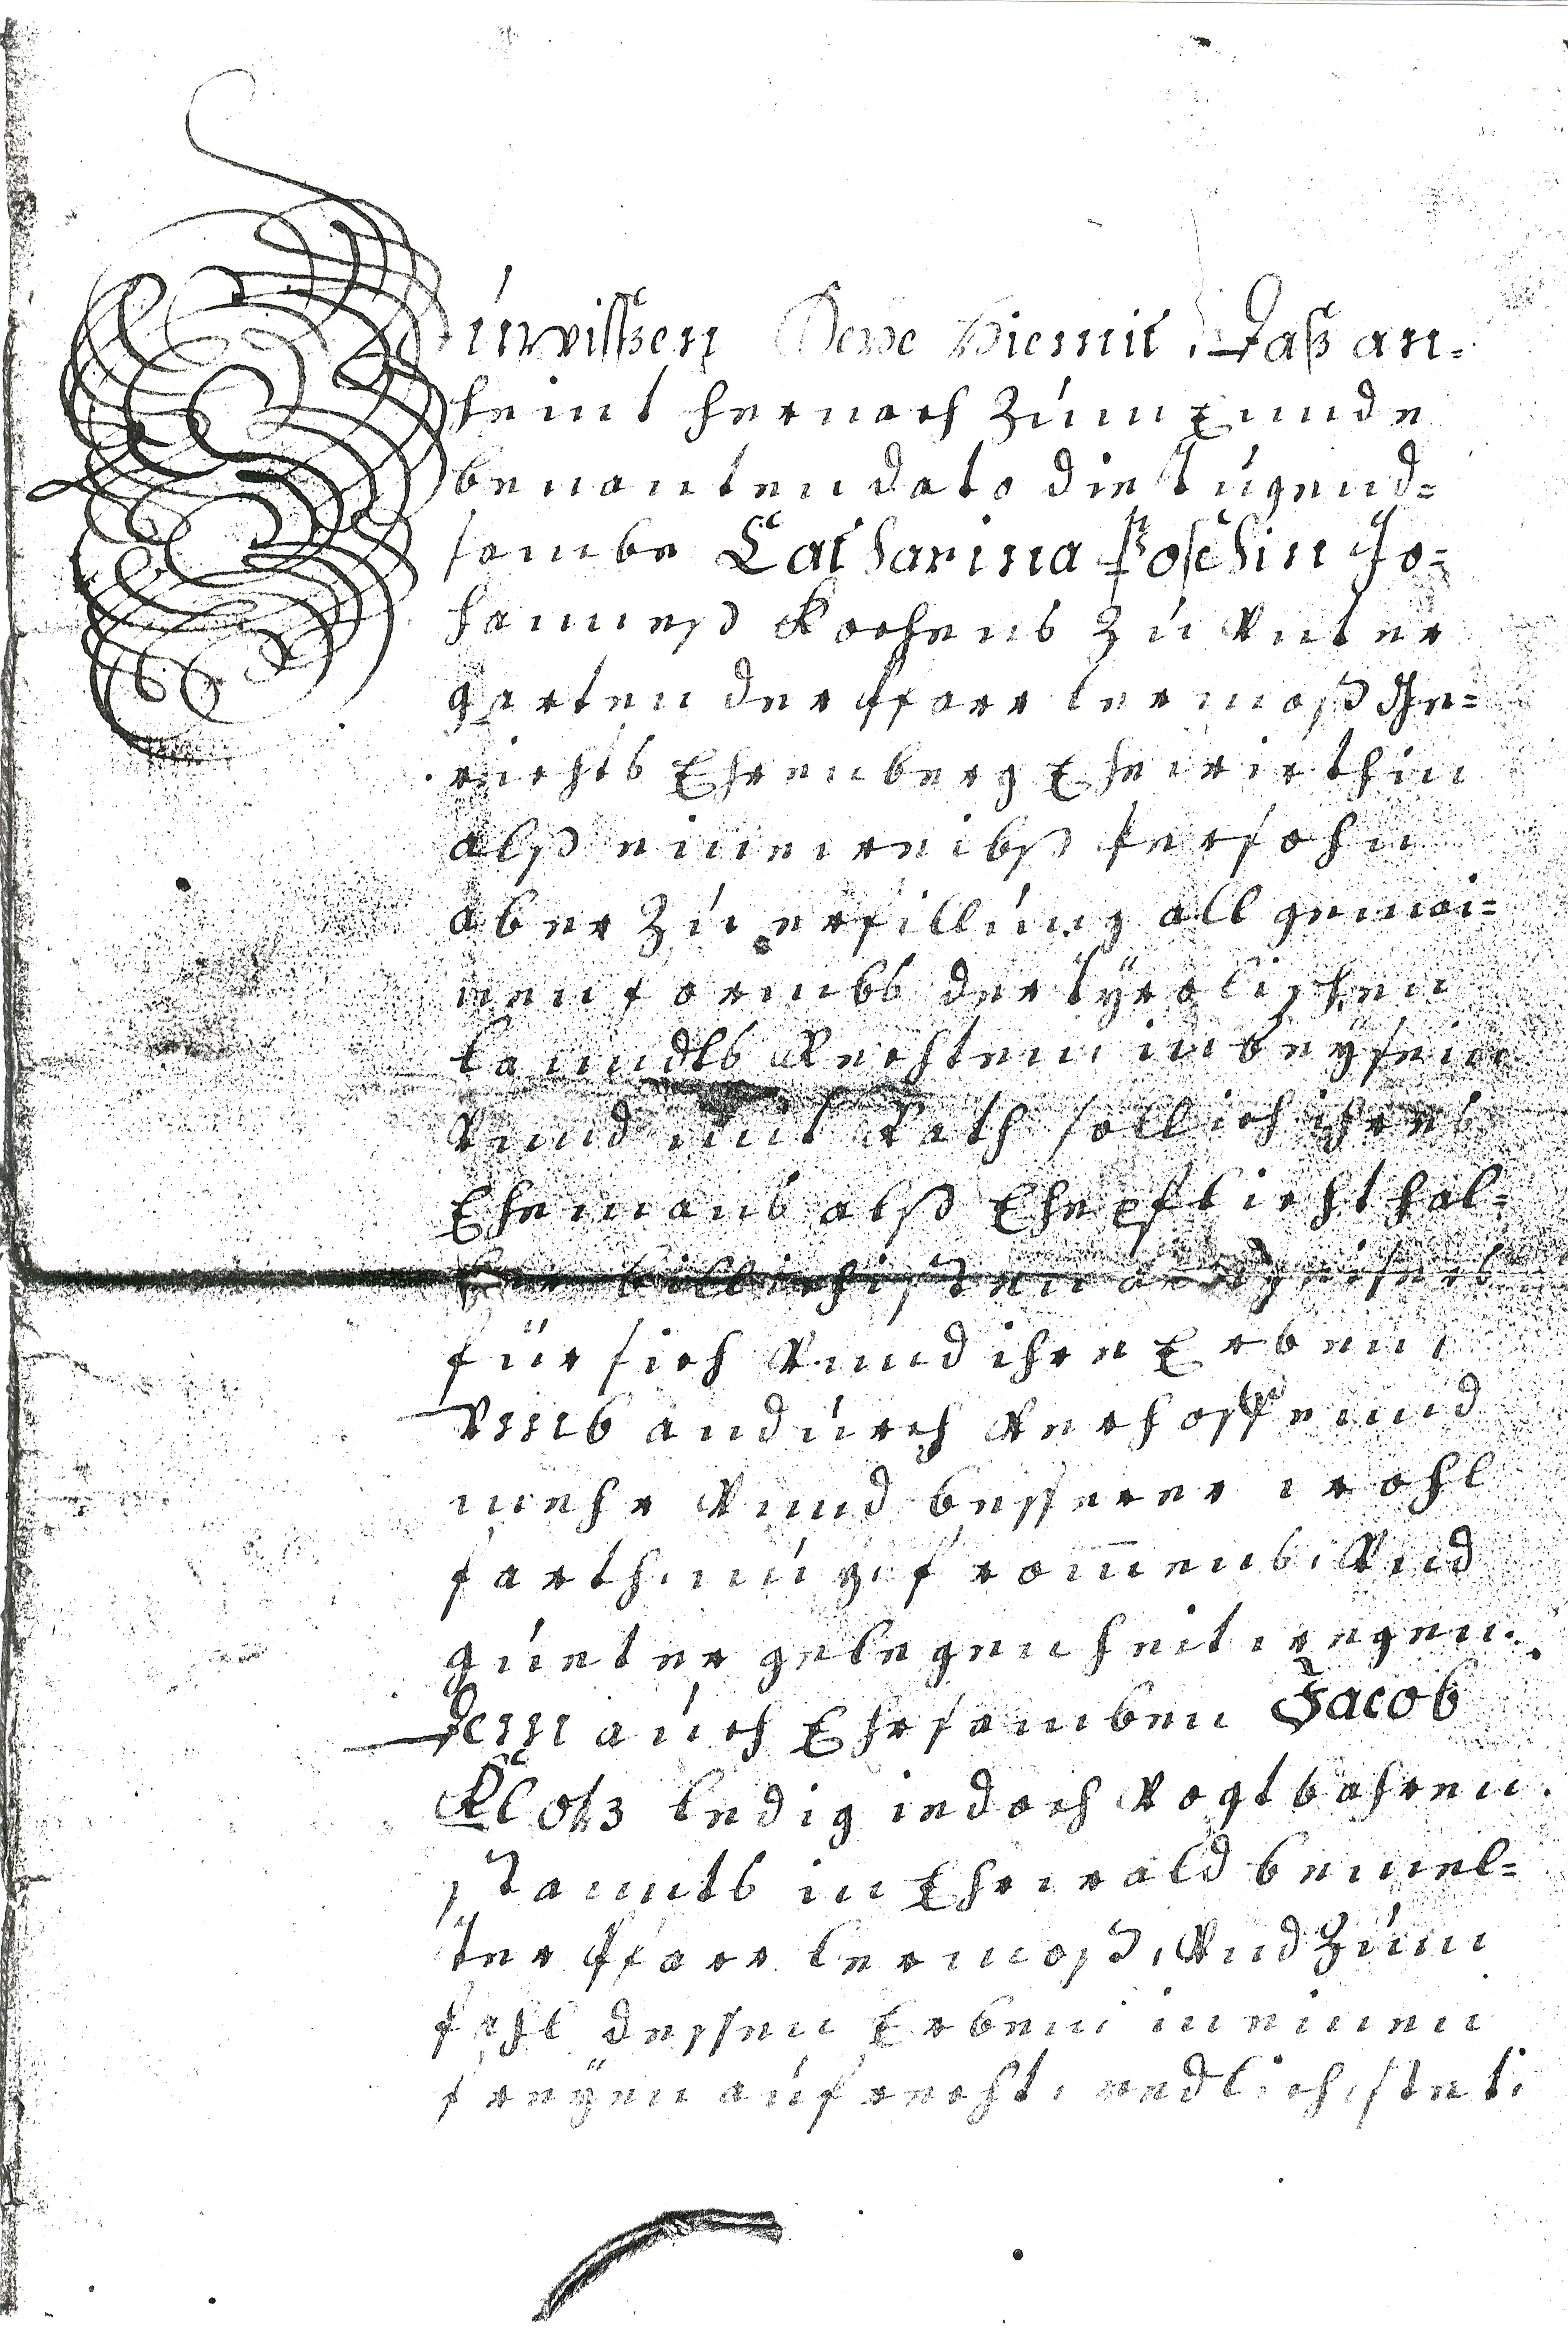
Zúwissen Seüe hiemit, daß an¬
heint hernach zúm Ennde
benanten dato die Túgend¬
sambe Catharina Poschin Jo¬
hanneß Kochens zú Vnter¬
garten der Pfarr lermoß Ge¬
richts Ehrenberg Ehewirthin
alß eine weibß Persohn
aber zú erfillúng all gemai¬
nen formbs der Tyrolischen
lanndts Rechten, in beÿsein
vnnd mit Rath sollich ihres
Ehemans alß Ehepflicht hal¬
ben billichisten  eisers
für sich vnnd ihren Erben,
vmb andúrch verhoffe und
mehr vnnd besserer wohl
farth, núz, fromens, vnd
gúeter gelegenheit wegen.
Dem aúch Ehrsamben Jacob
Klotz ledig iedoch vogtbahren
stannts in Ehrwald bemel¬
ter Pfarr lermoß, vnd zúm
fahl dessen Erben in einen
freÿen aufrecht, redlich, stet,